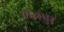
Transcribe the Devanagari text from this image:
तांजपुर